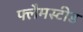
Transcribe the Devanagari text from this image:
फ्लैमस्टीड